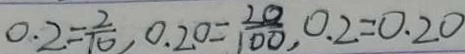
0 . 2 = \frac { 2 } { 1 0 } , 0 . 2 0 = \frac { 2 0 } { 1 0 0 } , 0 . 2 = 0 . 2 0